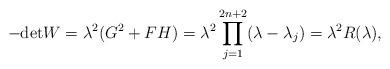
LaTeX: \begin{align*} -\mathrm{det}W=\lambda^{2}(G^{2}+FH)=\lambda^{2}\prod\limits_{j=1}^{2n+2}(\lambda-\lambda_{j})=\lambda^{2}R(\lambda),\end{align*}